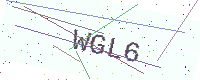
Text: WGL6